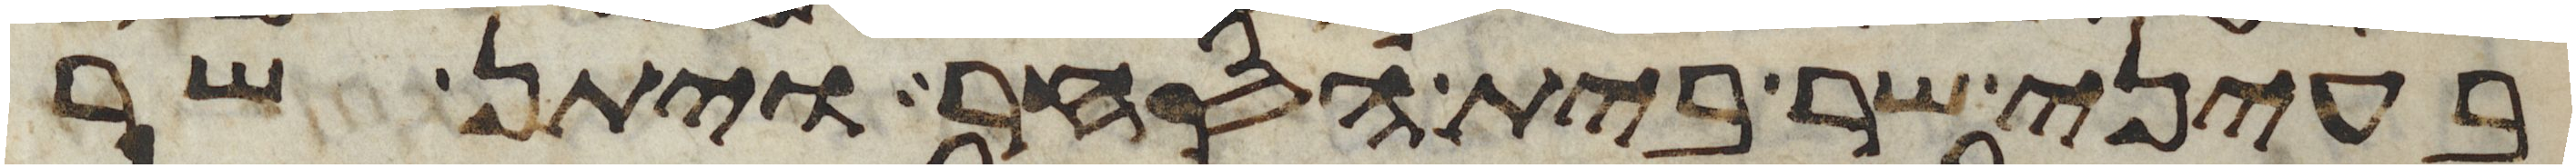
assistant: בעיני שר בית הסחר ויתן שר